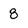
Character: 8